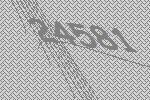
24581